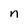
Character: n